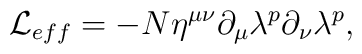
{\cal L}_{eff} = -N \eta^{\mu \nu} \partial_{\mu}\lambda^p \partial_{\nu}\lambda^p,